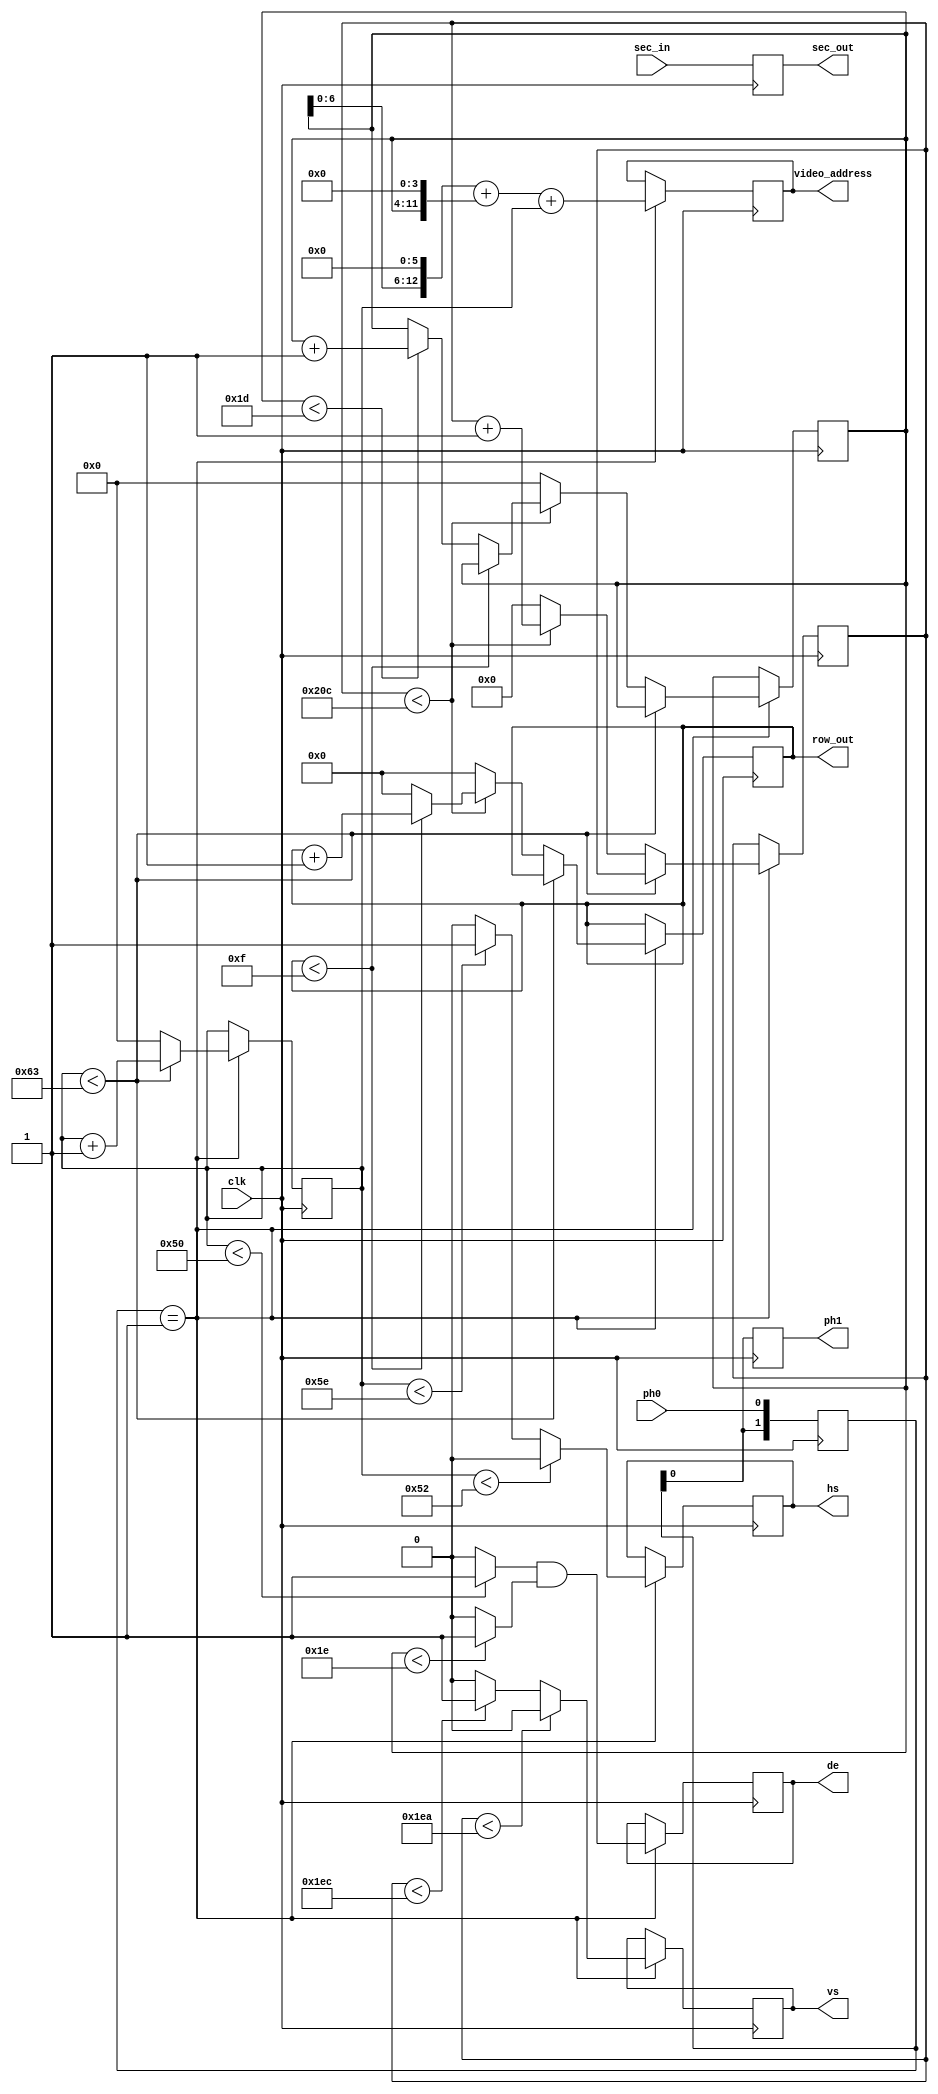
/* verilator lint_off CASEINCOMPLETE */

module vdu #(
	parameter hfront_porch = 2,
	parameter hsync_length = 12,
	parameter hback_porch = 6,
	parameter hactive_video = 80,
	parameter row_character = 16,
	parameter visible_lines = 30,
	parameter vfront_porch = 10,
	parameter vsync_length = 2,
	parameter vback_porch = 33
) (
	input wire clk,
    input wire ph0,
    input wire sec_in,
    output reg ph1 = 0,
    output reg sec_out = 0,
	output reg de = 0,
	output reg hs = 0,
	output reg vs = 0,
	output wire [4:0] row_out,
	output reg [12:0] video_address
);
	// 6845 VDU
	
	reg [7:0] column = 0;
	reg [4:0] row = 0;
	reg [7:0] line = 0;
	reg [10:0] scanline = 0;
    reg [1:0] ph0_detect = 0;
	
	assign row_out = row;             // Character row address
	
	always @ (posedge clk)
	begin
        ph0_detect <= {ph0_detect[0], ph0};
        
        case (ph0_detect)
            2'b01 : begin
	                    video_address <= {line[6:0], 6'b0} + {1'b0, line, 4'b0} + {5'b0, column};  // Ram address of current position
	                    de <= ((column < hactive_video)?1:0) & ((line < visible_lines)?1:0);

                	    // Set horizontal signals
                	    if (column < hactive_video + hfront_porch)
                	        hs <= 0;
                	    else if (column < hactive_video + hfront_porch + hsync_length)
                	        hs <= 1;
                	    else
                	        hs <= 0;
	    
                	    // Set vertical signals
                	    if (scanline < (row_character * visible_lines) + vfront_porch)
                	        vs <= 0;
                	    else if (scanline < (row_character * visible_lines) + vfront_porch + vsync_length)
                	        vs <= 1;
                	    else
                	        vs <= 0;
/*                    end

            2'b10 : begin */
                   	    // update counters
	                    if (column < hactive_video + hfront_porch + hsync_length + hback_porch - 1)
                	        column <= column + 1;
                	    else
                        begin
                	        column <= 0;
                	        if (row < row_character - 1)
                	            row <= row + 1;
                	        else
                	        begin
                	            row <= 0;
                	            if (line < visible_lines - 1)
                	                line <= line + 1;
                	        end

                            if (scanline < (row_character * visible_lines) + vfront_porch + vsync_length + vback_porch - 1)
                                scanline <= scanline + 1;
                            else
                            begin
                                scanline <= 0;
                                row <= 0;
                                line <= 0;
                            end
                	    end
                    end
        endcase

        // ripple tru latches
        ph1 <= ph0_detect[0];
        sec_out <= sec_in;
	end
endmodule